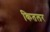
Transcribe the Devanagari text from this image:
कितलर